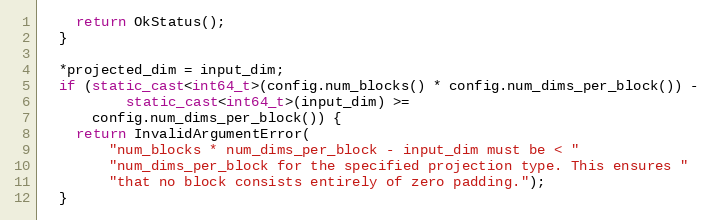
Language: C++
    return OkStatus();
  }

  *projected_dim = input_dim;
  if (static_cast<int64_t>(config.num_blocks() * config.num_dims_per_block()) -
          static_cast<int64_t>(input_dim) >=
      config.num_dims_per_block()) {
    return InvalidArgumentError(
        "num_blocks * num_dims_per_block - input_dim must be < "
        "num_dims_per_block for the specified projection type. This ensures "
        "that no block consists entirely of zero padding.");
  }